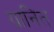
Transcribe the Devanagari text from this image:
ग्रानित